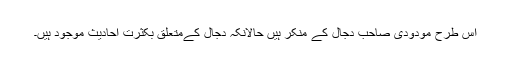
اس طرح مودودی صاحب دجال کے منکر ہیں حالانکہ دجال کےمتعلق بکثرت احادیث موجود ہیں۔